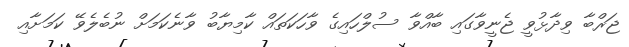
ޖަރްބާ ވިދާޅުވީ ޖެނީވާގައި ބާއްވާ ސުލްހައިގެ ވާހަކަތައް ކާމިޔާބު ވާނެކަމަށް ނުބެލެވޭ ކަމަށާއި